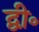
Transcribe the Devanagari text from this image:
द्वी॰